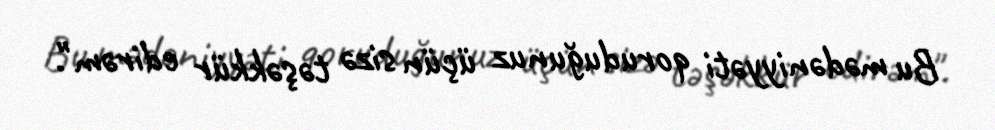
Bu mədəniyyəti qoruduğunuz üçün sizə təşəkkür edirəm".